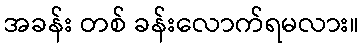
အခန်း တစ် ခန်းလောက်ရမလား။